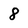
Character: 8